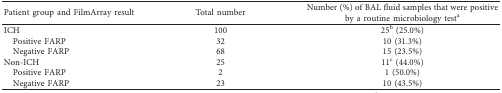
<table><thead><tr><td><b>Patient group and FilmArray result</b></td><td><b>Total number</b></td><td><b>Number (%) of BAL fluid samples that were positive by a routine microbiology test<sup>a</sup></b></td></tr></thead><tbody><tr><td>ICH</td><td>100</td><td>25<sup>b</sup> (25.0%)</td></tr><tr><td> Positive FARP</td><td>32</td><td>10 (31.3%)</td></tr><tr><td> Negative FARP</td><td>68</td><td>15 (23.5%)</td></tr><tr><td>Non-ICH</td><td>25</td><td>11<sup>c</sup> (44.0%)</td></tr><tr><td> Positive FARP</td><td>2</td><td>1 (50.0%)</td></tr><tr><td> Negative FARP</td><td>23</td><td>10 (43.5%)</td></tr></tbody></table>